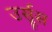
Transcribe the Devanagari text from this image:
उर्सूस